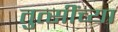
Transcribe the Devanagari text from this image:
तुत्‍सींच्‍या